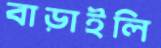
বাড়াইলি